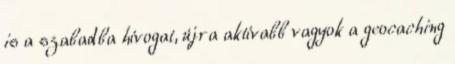
is a szabadba hívogat, újra aktívabb vagyok a geocaching